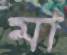
মা